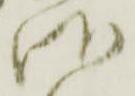
御